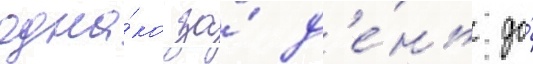
одна́ко за́ д'е́нь до́